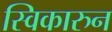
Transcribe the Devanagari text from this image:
स्विकारुन